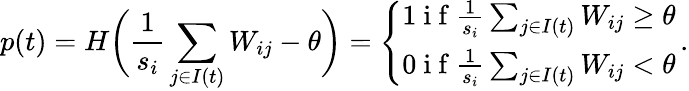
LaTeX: p(t)=H\biggl(\frac{1}{s_{i}}\sum_{j\in I(t)}W_{ij}-\theta\biggr)=\left\{ \begin{array}{ll}{1\mathrm{~i~f~}\frac{1}{s_{i}}\sum_{j\in I(t)}W_{ij}\geq\theta}\\ {0\mathrm{~i~f~}\frac{1}{s_{i}}\sum_{j\in I(t)}W_{ij}<\theta}\end{array}\right.\, .